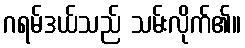
ဂရမ်ဒယ်သည် သမ်းလိုက်၏။